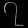
Digit: ၇